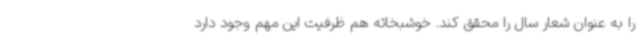
را به عنوان شعار سال را محقق کند. خوشبخاته هم ظرفیت این مهم وجود دارد